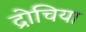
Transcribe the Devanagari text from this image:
द्रोचिया